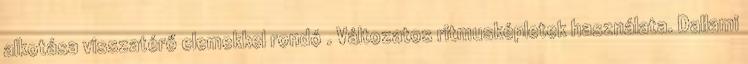
alkotása visszatérő elemekkel rondó . Változatos ritmusképletek használata. Dallami